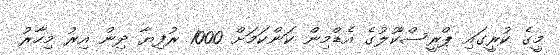
މީގެ ކުރީގައި ޕްރީސްކޫލުގެ އެޑްމިން ކަންކަމަށް 1000 ރުފިޔާ ދިން އިރު މިހާރު